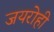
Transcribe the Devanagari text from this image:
जयरोही